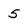
Character: 5